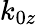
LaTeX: k_{0z}